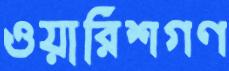
ওয়ারিশগণ